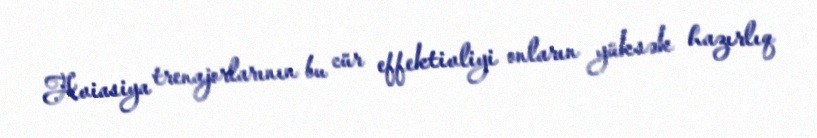
Aviasiya trenajorlarının bu cür effektivliyi onların yüksək hazırlıq